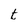
Character: t